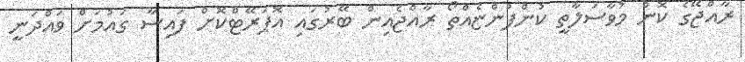
ރާއްޖޭގެ ކޮން މުވާސަލާތީ ކުންފުންޏެއްތޯ ރާއްޖެއިން ބޭރުގައި އޮޕަރޭޓްކޮށް ފައިސާ ގައުމަށް ވައްދަނީ